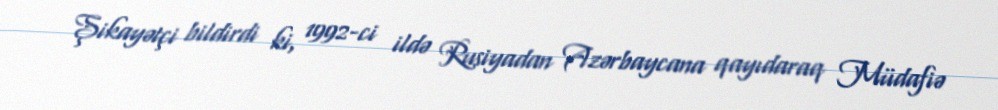
Şikayətçi bildirdi ki, 1992-ci ildə Rusiyadan Azərbaycana qayıdaraq Müdafiə